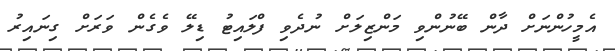
އެމީހުންނަށް ދާން ބޭނުންވި މަންޒިލަށް ނުދެވި ފްލައިޓު ޑިލޭ ވެގެން ވަރަށް ގިނައިރު